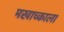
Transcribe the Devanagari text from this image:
मखाच्काला